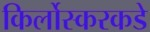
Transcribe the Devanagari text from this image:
किर्लोस्करकडे